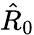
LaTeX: \hat{R}_{0}